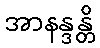
အာနန္ဒန္တိ